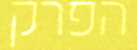
הפרק